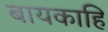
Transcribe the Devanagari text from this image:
बायकाहि